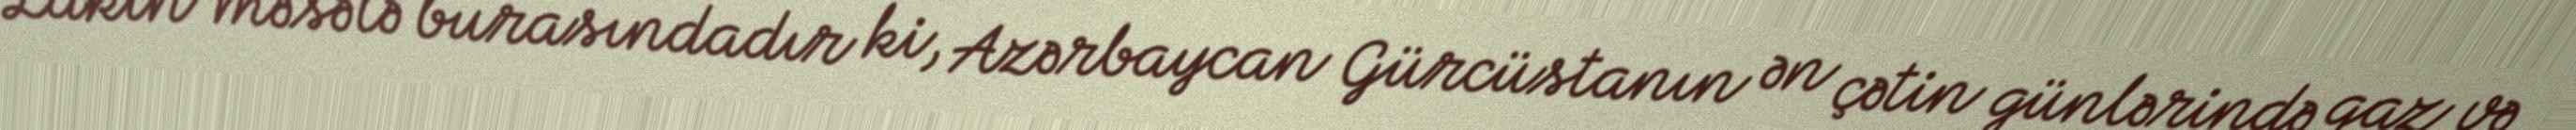
Lakin məsələ burasındadır ki, Azərbaycan Gürcüstanın ən çətin günlərində qaz və